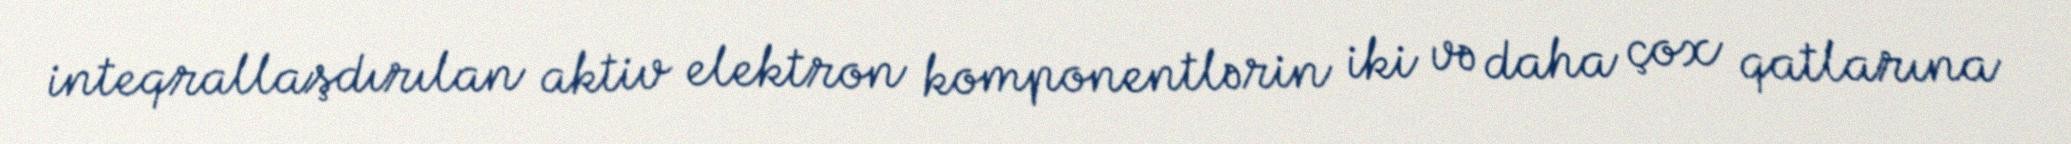
inteqrallaşdırılan aktiv elektron komponentlərin iki və daha çox qatlarına